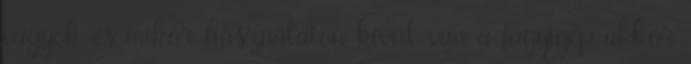
vagyok és mikor használaton kívül van a fagyigép akkor